Sketch of the medical history of the native army of Bombay, for the year
Year: 1870
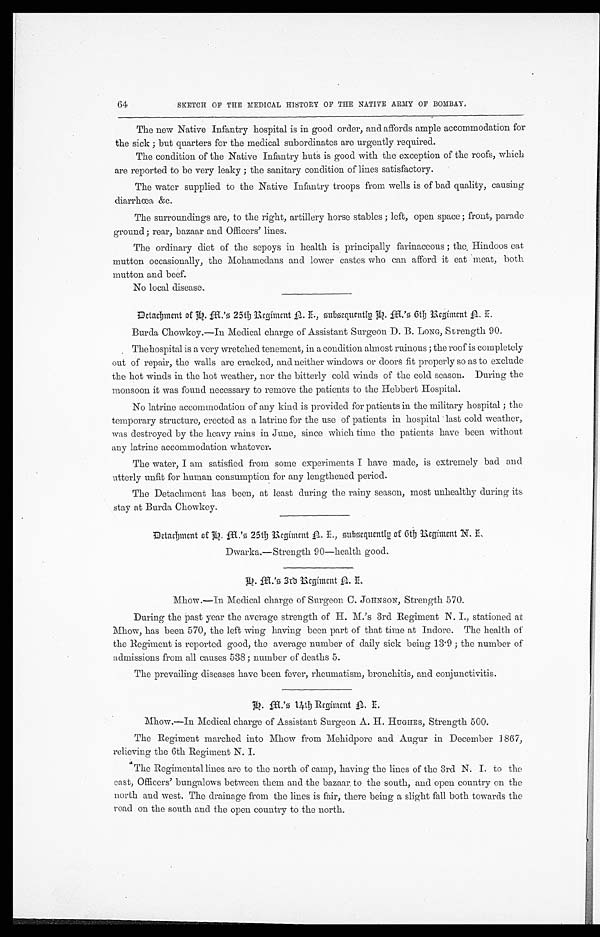
64
SKETCH OF THE MEDICAL HISTORY OF THE NATIVE ARMY OF BOMBAY.
The new Native Infantry hospital is in good order, and affords ample accommodation for
the sick; but quarters for the medical subordinates are urgently required.
The condition of the Native Infantry huts is good with the exception of the roofs, which
are reported to be very leaky; the sanitary condition of lines satisfactory.
The water supplied to the Native Infantry troops from wells is of bad quality, causing
diarrhœa, &c.
The surroundings are, to the right, artillery horse stables; left, open space; front, parade
ground; rear, bazaar and Officers' lines.
The ordinary diet of the sepoys in health is principally farinaceous; the Hindoos eat
mutton occasionally, the Mohamedans and lower castes who can afford it eat meat, both
mutton and beef.
No local disease.
Detachment of D. M.'s 25th Regiment N. I., Subsequenly D. M.'s 6th Regiment N. I.
Burda Chowkey.—In Medical charge of Assistant Surgeon D. B. LONG, Strength 90.
Thehospital is a very wretched tenement, in a condition almost ruinous; the roof is completely
out of repair, the walls are cracked, and neither windows or doors fit properly so as to exclude
the hot winds in the hot weather, nor the bitterly cold winds of the cold season. During the
monsoon it was found necessary to remove the patients to the Hebbert Hospital.
No latrine accommodation of any kind is provided for patients in the military hospital; the
temporary structure, erected as a latrine for the use of patients in hospital last cold weather,
was destroyed by the heavy rains in June, since which time the patients have been without
any latrine accommodation whatever.
The water, I am satisfied from some experiments I have made, is extremely bad and
utterly unfit for human consumption for any lengthened period.
The Detachment has been, at least during the rainy season, most unhealthy during its
stay at Burda Chowkey.
Detachment of D. M.'s 25th Regiment N. I. Subsequently of 6th Regiment N. I.
Dwarka.—Strength 90—health good.
Mhow.—In Medical charge of Surgeon C. JOHNSON, Strength 570.
During the Past year the average strength of H. M.'s 3rd Regiment N. I., stationed at
Mhow, has been 570, the left wing having been part of that time at Indore. The health of
the Regiment is reported good, the average number of daily sick being 13.9; the number of
admissions from all causes 538; number of deaths 5.
The prevailing diseases have been fever, rheumatism, bronchitis, and conjunctivitis.
D. M.'s 14th Regiment N. I.
Mhow.—In Medical charge of Assistant Surgeon A. H. HUGHES, Strength 500.
The Regiment marched into Mhow from Mehidpore and Augur in December 1867,
relieving the 6th Regiment N. I.
The Regimental lines are to the north of camp, having the lines of the 3rd N. I. to the
east, Officers' bungalows between them and the bazaar to the south, and open country on the
north and west. The drainage from the lines is fair, there being a slight fall both towards the
road on the south and the open country to the north.